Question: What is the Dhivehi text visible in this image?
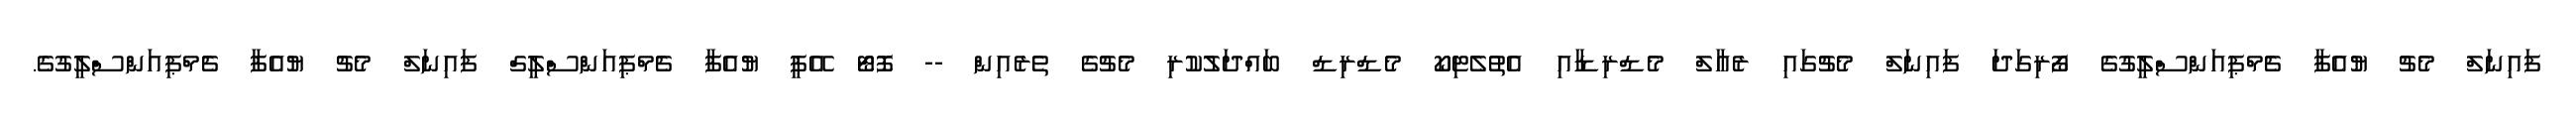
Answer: ފައިނަލް މެޗު ޔުއެފާ ޗެމްޕިއަންސްލީގުގެ ފޯރިގަދަ ފައިނަލް މެޗުގައި ރެއާލް މެޑްރިޑާއި އެތުލެޓިކޯ މެޑްރިޑް ބައްދަލުކުރި މެޗުގެ ތެރެއިން -- ފޮޓޯ އޭޕީ ޔުއެފާ ޗެމްޕިއަންސްލީގް ފައިނަލް މެޗު ޔުއެފާ ޗެމްޕިއަންސްލީގުގެ.